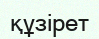
құзірет